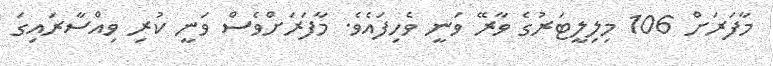
މާފަރަށް 106 މިލިލީޓަރުގެ ވާރޭ ވަނީ ވެހިފައެވެ. މާފަރަށްވެސް ވަނީ ކުރި ވިއްސާރައިގަ